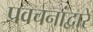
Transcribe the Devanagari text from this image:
प्रवचनांद्वारे